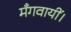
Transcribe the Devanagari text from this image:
मँगवायीं।